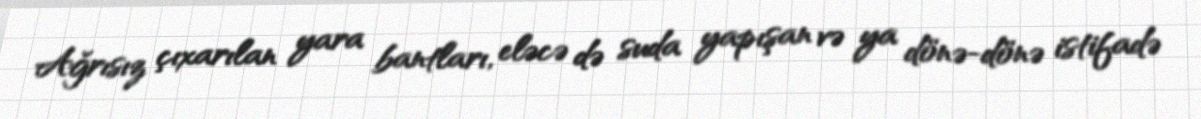
Ağrısız çıxarılan yara bantları, eləcə də suda yapışan və ya dönə-dönə istifadə